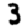
Digit: 3